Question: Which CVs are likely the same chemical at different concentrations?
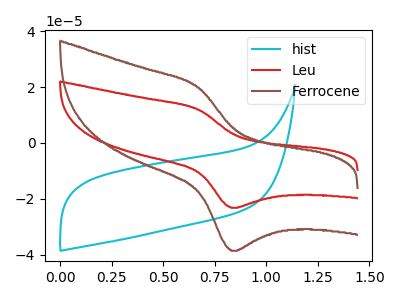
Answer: <think>The cyan curve "hist" has no peaks. The red curve "Leu" has an anodic peak at (0.65V, 11.90uA) and a cathodic peak at (0.85V, -23.20uA). The brown curve "Ferrocene" has an anodic peak at (0.65V, 19.80uA) and a cathodic peak at (0.85V, -38.60uA).
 "hist" and "Leu" have a different number of peaks. "hist" and "Ferrocene" have a different number of peaks. All the peaks in "Leu" have a peak in "Ferrocene" at the same potential. Every peak in "Leu" is lower than every peak in "Ferrocene".</think>
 <answer>"Ferrocene" and "Leu" have the same shape and are likely CV's of the same chemical.</answer>
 <eval>"Ferrocene" "Leu"</eval>